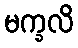
မက္ခလိ